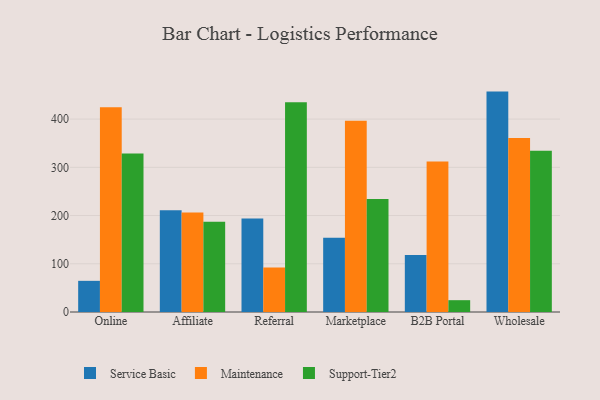
{"axis": {"x": "Channel", "y": "Revenue (USD Million)"}, "legend": ["Maintenance", "Service Basic", "Support-Tier2"], "data": [{"x": "Online", "y": 64.6, "type": "Service Basic"}, {"x": "Online", "y": 424.3, "type": "Maintenance"}, {"x": "Online", "y": 328.4, "type": "Support-Tier2"}, {"x": "Affiliate", "y": 211.1, "type": "Service Basic"}, {"x": "Affiliate", "y": 206.1, "type": "Maintenance"}, {"x": "Affiliate", "y": 187.3, "type": "Support-Tier2"}, {"x": "Referral", "y": 194.1, "type": "Service Basic"}, {"x": "Referral", "y": 92.3, "type": "Maintenance"}, {"x": "Referral", "y": 434.9, "type": "Support-Tier2"}, {"x": "Marketplace", "y": 154.1, "type": "Service Basic"}, {"x": "Marketplace", "y": 396.8, "type": "Maintenance"}, {"x": "Marketplace", "y": 234.1, "type": "Support-Tier2"}, {"x": "B2B Portal", "y": 118.4, "type": "Service Basic"}, {"x": "B2B Portal", "y": 312.2, "type": "Maintenance"}, {"x": "B2B Portal", "y": 24.5, "type": "Support-Tier2"}, {"x": "Wholesale", "y": 457.0, "type": "Service Basic"}, {"x": "Wholesale", "y": 360.7, "type": "Maintenance"}, {"x": "Wholesale", "y": 334.5, "type": "Support-Tier2"}]}